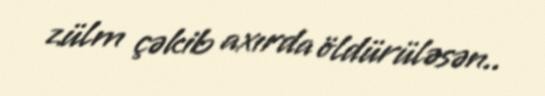
zülm çəkib axırda öldürüləsən..